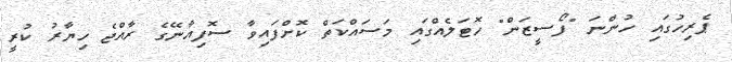
ޕެރިހުގައި ހުންނަ "ފޯސީޒަން" ހޮޓަލެއްގައި މަަސައްކަތް ކޮށްފައިވާ ސޮފިއާނޭގެ ރާއްޖެ ހިޔާރު ކުރީ